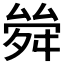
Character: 𠬂